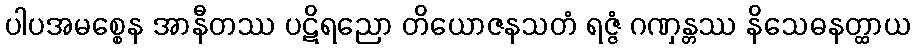
ပါပအမစ္စေန အာနီတဿ ပဋိရညော တိယောဇနသတံ ရဇ္ဇံ ဂဏှန္တဿ နိသေဓနတ္ထာယ